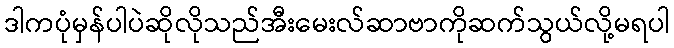
ဒါကပုံမှန်ပါပဲဆိုလိုသည်အီးမေးလ်ဆာဗာကိုဆက်သွယ်လို့မရပါ